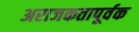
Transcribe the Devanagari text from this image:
अराजकतापूर्वक